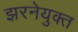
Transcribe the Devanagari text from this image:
झरनेयुक्त